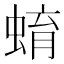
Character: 蜟